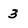
Character: 3